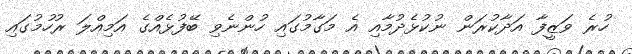
ހުރެ ވަޒީފާ އަދާކުރަން ނުކުޅެދުމާއި އެ މަގާމުގައި ހުންނެވި ބޭފުޅެއްގެ އަމިއްލަ ރުހުމުގައި